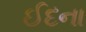
ઈદના